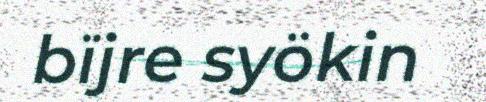
bïjre syökin